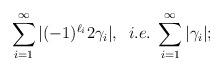
LaTeX: \begin{align*}\sum_{i=1}^\infty |(-1)^{\ell_i}2\gamma_i|,\;\; i.e.\; \sum_{i=1}^{\infty}|\gamma_i|;\end{align*}